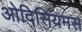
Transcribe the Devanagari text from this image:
ओदिसियमस